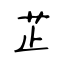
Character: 芷